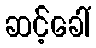
ဆင့်ခေါ်